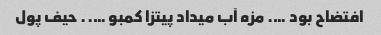
افتضاح بود …. مزه آب میداد پیتزا کمبو ….. حیف پول